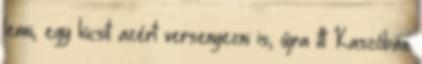
lenni, egy kicsit azért versenyezni is, újra itt Kaszóban